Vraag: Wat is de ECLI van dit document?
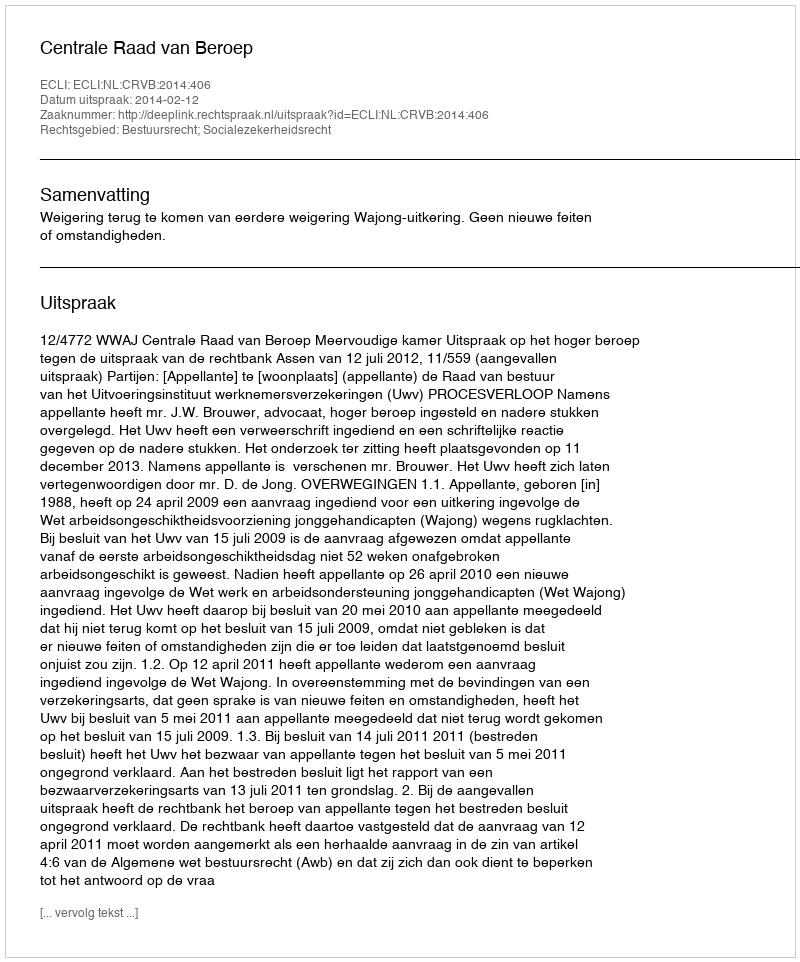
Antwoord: ECLI:NL:CRVB:2014:406